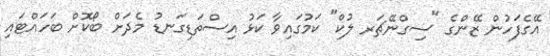
އޭގެފަހުން ޒޭންގެ "ސިގްނޭޗަރ ލުކް" ކަމުގައިވާ ކަޅު އިސްތަޑިގަނޑު މެދަށް ބޯކޮށް ބަަހައްޓައި